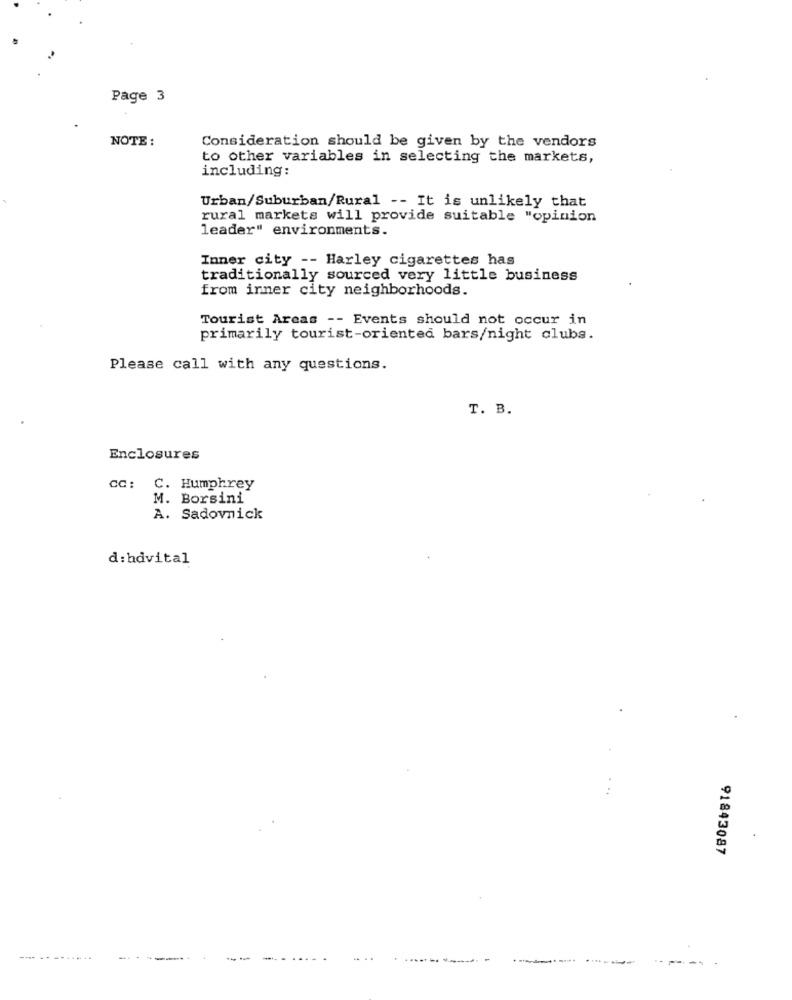
Page 3
NOTE :
Consideration should be given by the vendors
to other variables in selecting the markets,
including:
Urban/Suburban/Rural -- It is unlikely that
rural markets will provide suitable "opinion
leader" environments.
Inner city -- Harley cigarettes has
traditionally sourced very little business
from inner city neighborhoods.
Tourist Areas -- Events should not occur in
primarily tourist-oriented bars/night clubs.
Please call with any questions.
T. B.
Enclosures
CC:
C. Humphrey
M. Borsini
A. Sadovnick
d:hdvital
91843087
...... ...
--
--------------